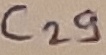
Text: C29